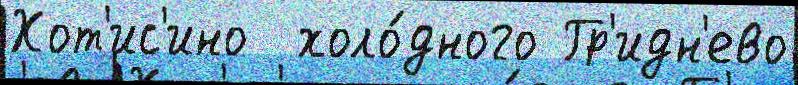
Хот'ис'ино  холо́дного Гр'идн'ево